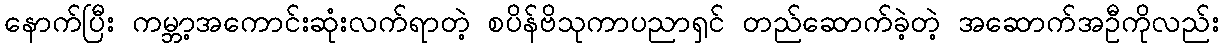
နောက်ပြီး ကမ္ဘာ့အကောင်းဆုံးလက်ရာတဲ့ စပိန်ဗိသုကာပညာရှင် တည်ဆောက်ခဲ့တဲ့ အဆောက်အဦကိုလည်း